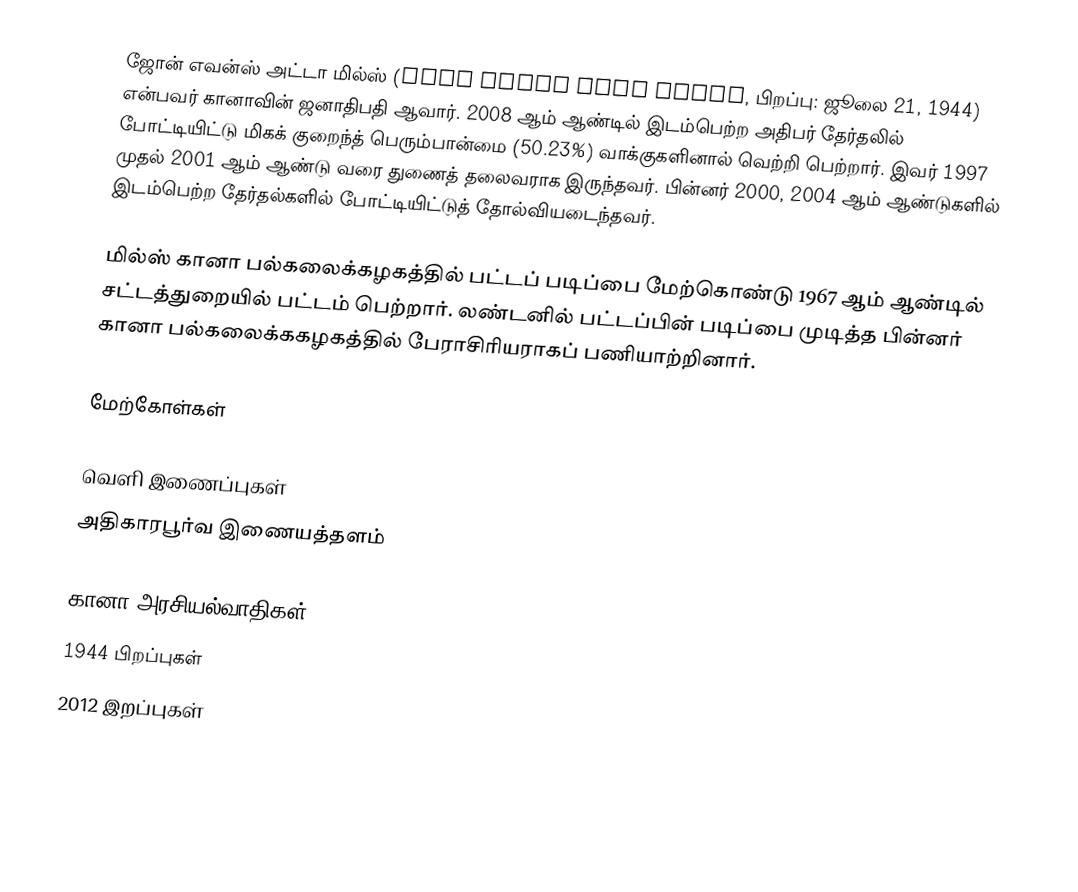
ஜோன் எவன்ஸ் அட்டா மில்ஸ் (John Evans Atta Mills, பிறப்பு: ஜூலை 21, 1944) என்பவர் கானாவின் ஜனாதிபதி ஆவார். 2008 ஆம் ஆண்டில் இடம்பெற்ற அதிபர் தேர்தலில் போட்டியிட்டு மிகக் குறைந்த் பெரும்பான்மை (50.23%) வாக்குகளினால் வெற்றி பெற்றார். இவர் 1997 முதல் 2001 ஆம் ஆண்டு வரை துணைத் தலைவராக இருந்தவர். பின்னர் 2000, 2004 ஆம் ஆண்டுகளில் இடம்பெற்ற தேர்தல்களில் போட்டியிட்டுத் தோல்வியடைந்தவர்.

மில்ஸ் கானா பல்கலைக்கழகத்தில் பட்டப் படிப்பை மேற்கொண்டு 1967 ஆம் ஆண்டில் சட்டத்துறையில் பட்டம் பெற்றார். லண்டனில் பட்டப்பின் படிப்பை முடித்த பின்னர் கானா பல்கலைக்ககழகத்தில் பேராசிரியராகப் பணியாற்றினார்.

மேற்கோள்கள்

வெளி இணைப்புகள்
 அதிகாரபூர்வ இணையத்தளம்

கானா அரசியல்வாதிகள்
1944 பிறப்புகள்
2012 இறப்புகள்